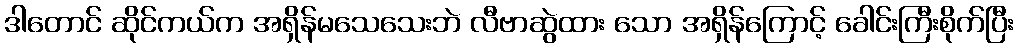
ဒါတောင် ဆိုင်ကယ်က အရှိန်မသေသေးဘဲ လီဗာဆွဲထား သော အရှိန်ကြောင့် ခေါင်းကြီးစိုက်ပြီး